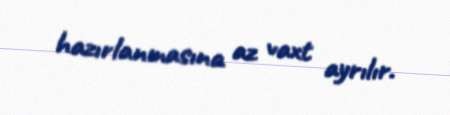
hazırlanmasına az vaxt ayrılır.